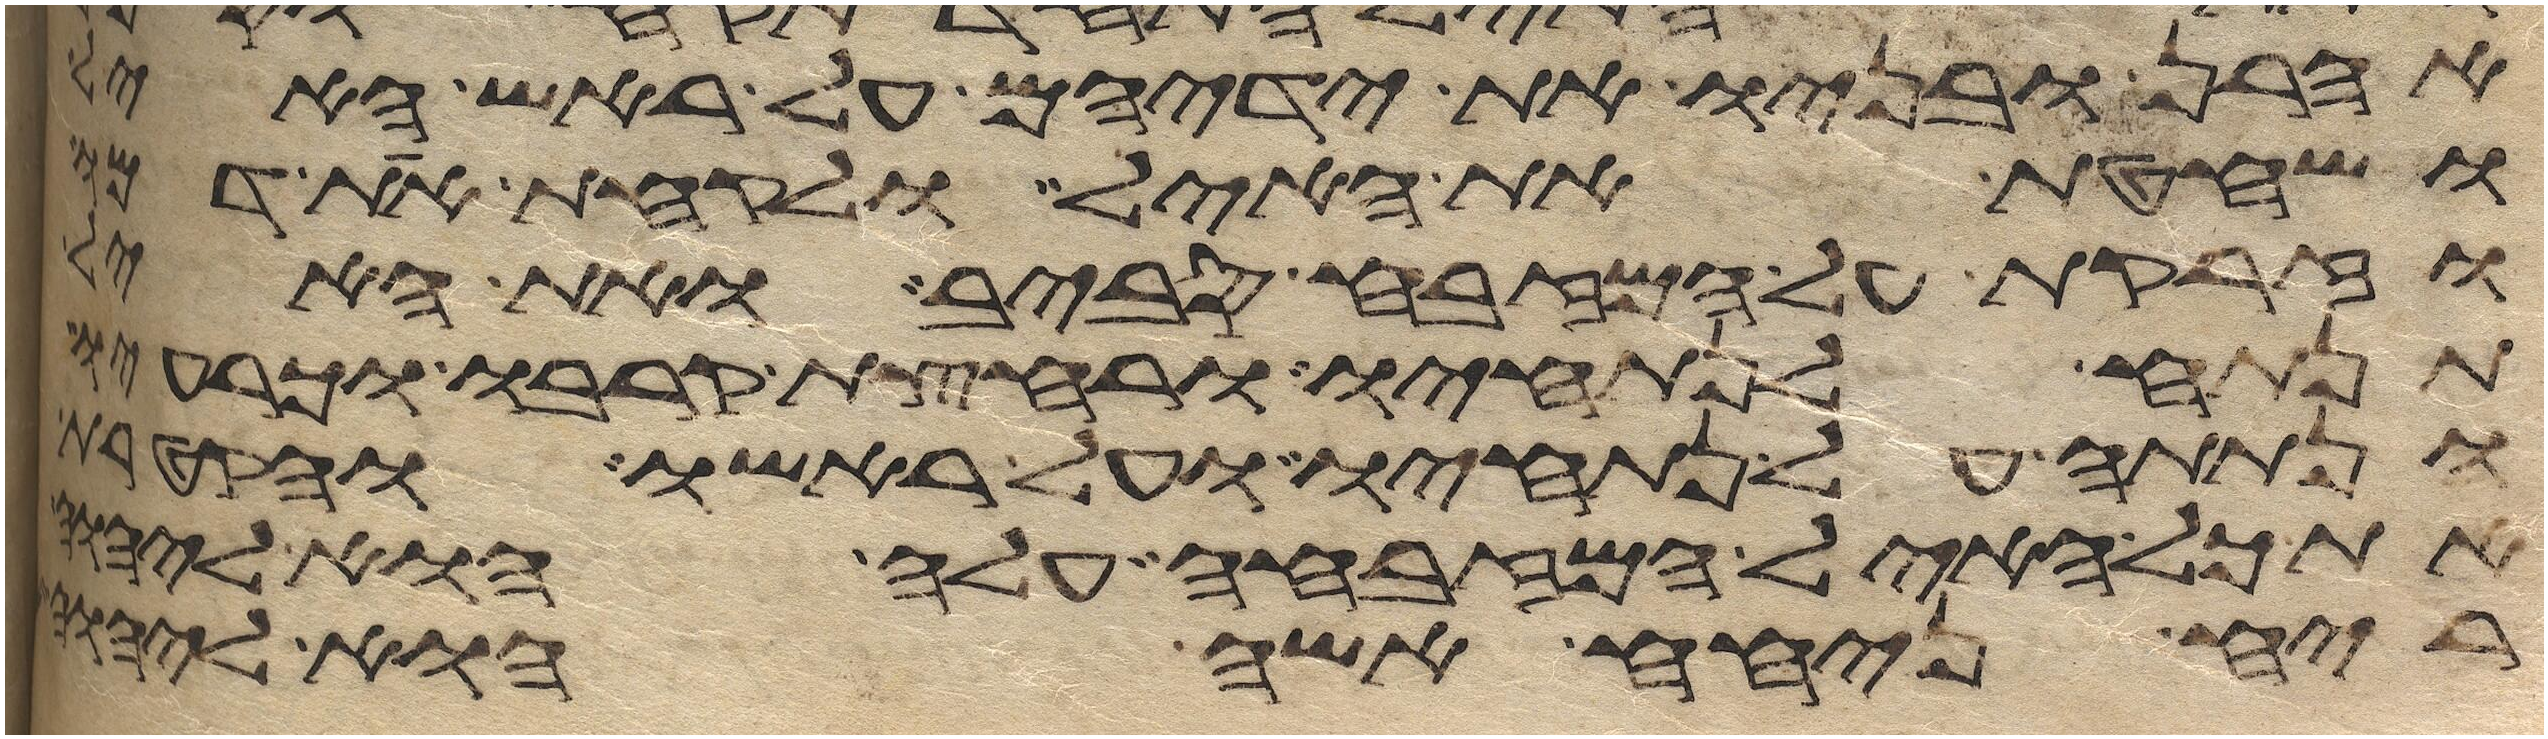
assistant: אהרן ובניו את ידיהם על ראש האיל
ושחטת את האיל ולקחת את דמו
וזרקת על המזבח סביב ואת האיל
תנתח לנתחיו ורחצת קרבו וכרעיו
ונתתה על נתחיו ועל ראשו והקטרת
את כל האיל המזבחה עלה הוא ליהוה
ריח ניחח אשה הוא ליהוה